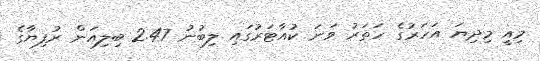
މިއީ މިދިޔަ އަހަރުގެ ހަތަރު ވަނަ ކުއާޓަރުގައި ލިބުނު 2.47 ބިލިއަން ރުފިޔާގެ